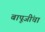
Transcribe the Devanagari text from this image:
बापूजींचा